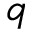
q